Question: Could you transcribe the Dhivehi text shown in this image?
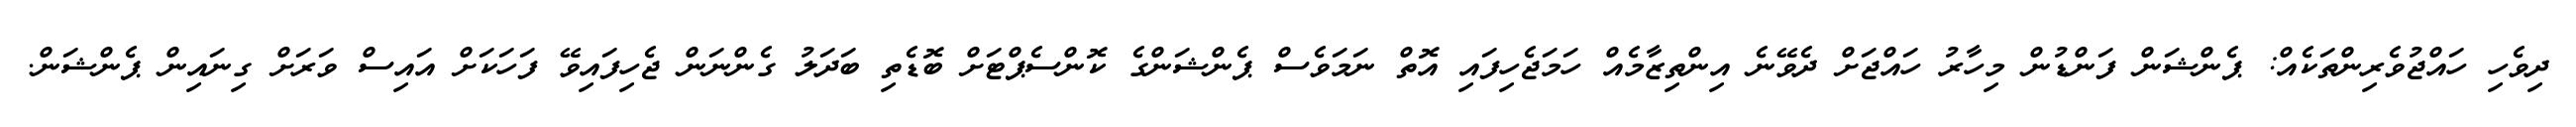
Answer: ދިވެހި ހައްޖުވެރިންތަކެއް: ޕެންޝަން ފަންޑުން މިހާރު ހައްޖަށް ދެވޭނެ އިންތިޒާމެއް ހަމަޖެހިފައި އޮތް ނަމަވެސް ޕެންޝަންގެ ކޮންސެޕްޓަށް ބޮޑެތި ބަދަލު ގެންނަން ޖެހިފައިވޭ ފަހަކަށް އައިސް ވަރަށް ގިނައިން ޕެންޝަން.